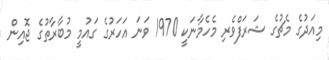
މިއަދުގެ މެޗުގެ ޝަރަފްވެރި މެހެމާނަކީ 1970 ވަނަ އަހަރުގެ ގައުމީ މުބާރާތުގެ ޖޮއިން